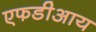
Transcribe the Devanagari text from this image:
एफडीआय